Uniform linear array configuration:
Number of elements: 24
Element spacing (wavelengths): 0.25
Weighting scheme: hann
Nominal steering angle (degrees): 30
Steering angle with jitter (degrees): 28.879
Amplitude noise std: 0.05
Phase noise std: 0.05

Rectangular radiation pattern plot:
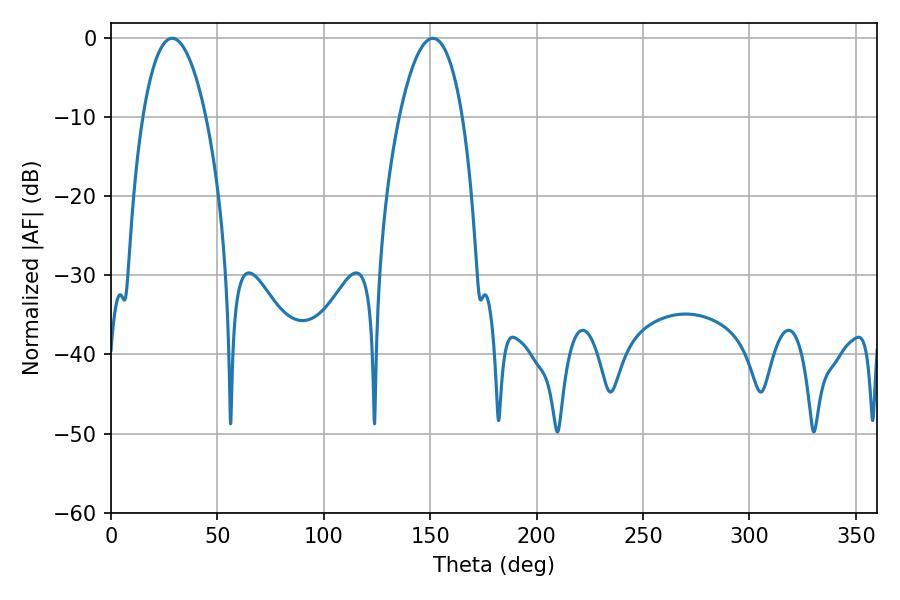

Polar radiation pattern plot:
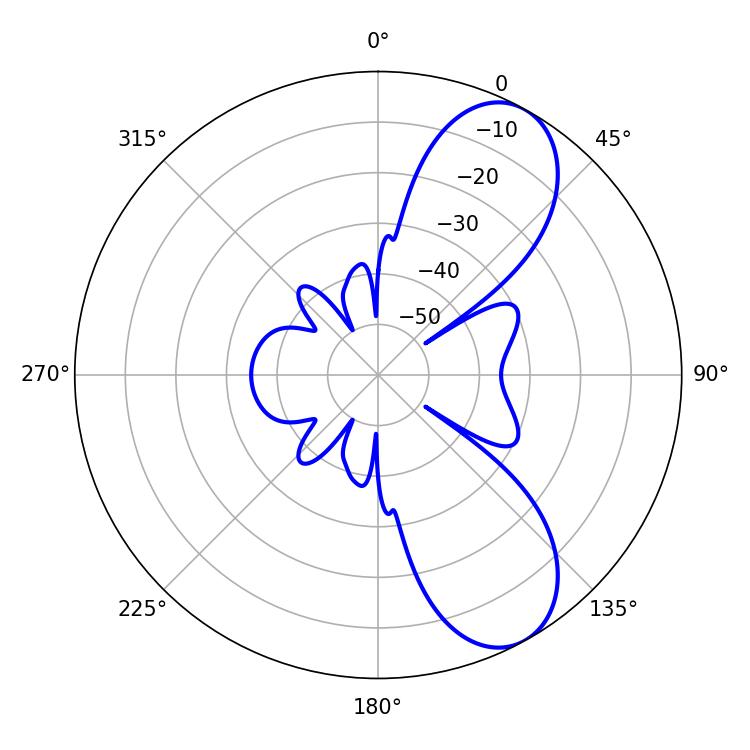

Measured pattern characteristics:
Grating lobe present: FALSE
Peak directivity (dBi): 8.259
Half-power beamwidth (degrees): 16.38
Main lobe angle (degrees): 28.8